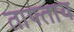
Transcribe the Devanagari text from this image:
ताफ्ताय